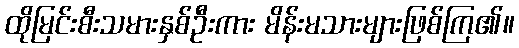
ထိုမြင်းစီးသမားနှစ်ဦးကား မိန်းမသားများဖြစ်ကြ၏။